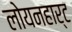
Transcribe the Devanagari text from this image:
लोयनहार्ट